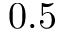
0 . 5